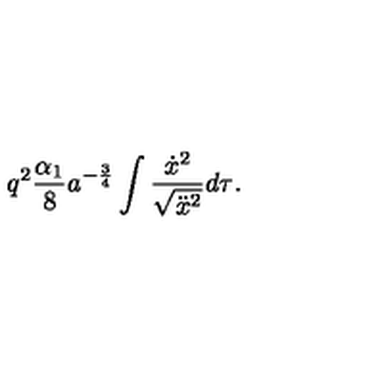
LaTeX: q ^ { 2 } \frac { \alpha _ { 1 } } { 8 } a ^ { - \frac 3 4 } \int { \frac { \dot { x } ^ { 2 } } { \sqrt { \ddot { x } ^ { 2 } } } d \tau } .